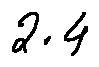
2 . 4